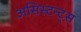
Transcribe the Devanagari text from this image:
असिस्टन्ट्स